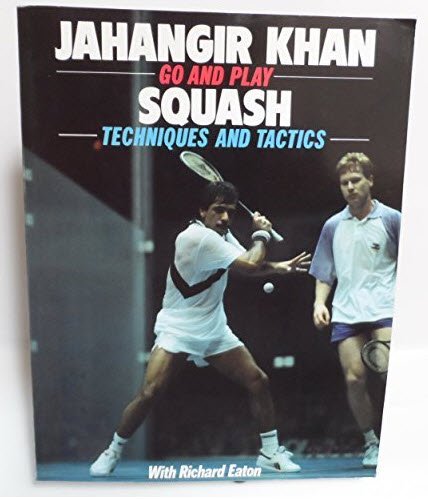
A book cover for Go and Play Squash: Techniques and Tactics (Go & Play); RICHARD EATON' 'JAHANGIR KHAN; Sports & Outdoors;